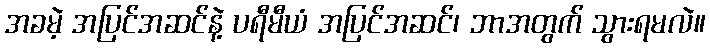
အခမဲ့ အပြင်အဆင်နဲ့ ပရီမီယံ အပြင်အဆင်၊ ဘာအတွက် သွားရမလဲ။